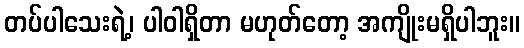
တပ်ပါသေးရဲ့၊ ပါဝါရှိတာ မဟုတ်တော့ အကျိုးမရှိပါဘူး။